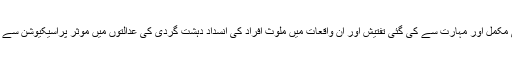
فیصلے میں مزید کہا گیا ہے کہ جرائم کی مکمل اور مہارت سے کی گئی تفتیش اور ان واقعات میں ملوث افراد کی انسداد دہشت گردی کی عدالتوں میں موثر پراسیکیوشن سے ہی دہشت گردی کا خاتمہ کیا جا سکتا ہے۔